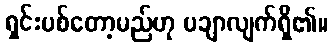
ရှင်းပစ်တော့မည်ဟု ပချာလျက်ရှိ၏။